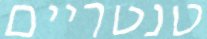
טנטריים